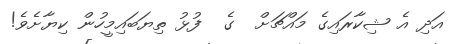
އަދި އެ ޝިކާރައިގެ މައްޗަށް  ގެ  ފުޅު ތިޔަބައިމީހުން ކިޔާށެވެ!